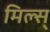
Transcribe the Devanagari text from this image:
मिल्स्